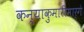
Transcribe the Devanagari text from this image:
कन्याकुमारीमार्गे